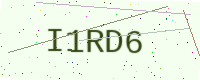
Text: I1RD6